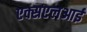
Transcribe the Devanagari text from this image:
एक्सएलआई